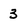
Character: 3